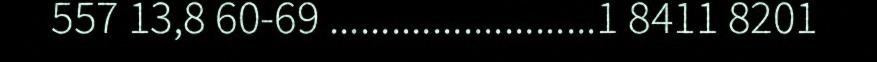
557 13,8 60-69 ..........................1 8411 8201